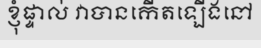
ខ្ញុំផ្ទាល់ វាបានកើតឡើងនៅ